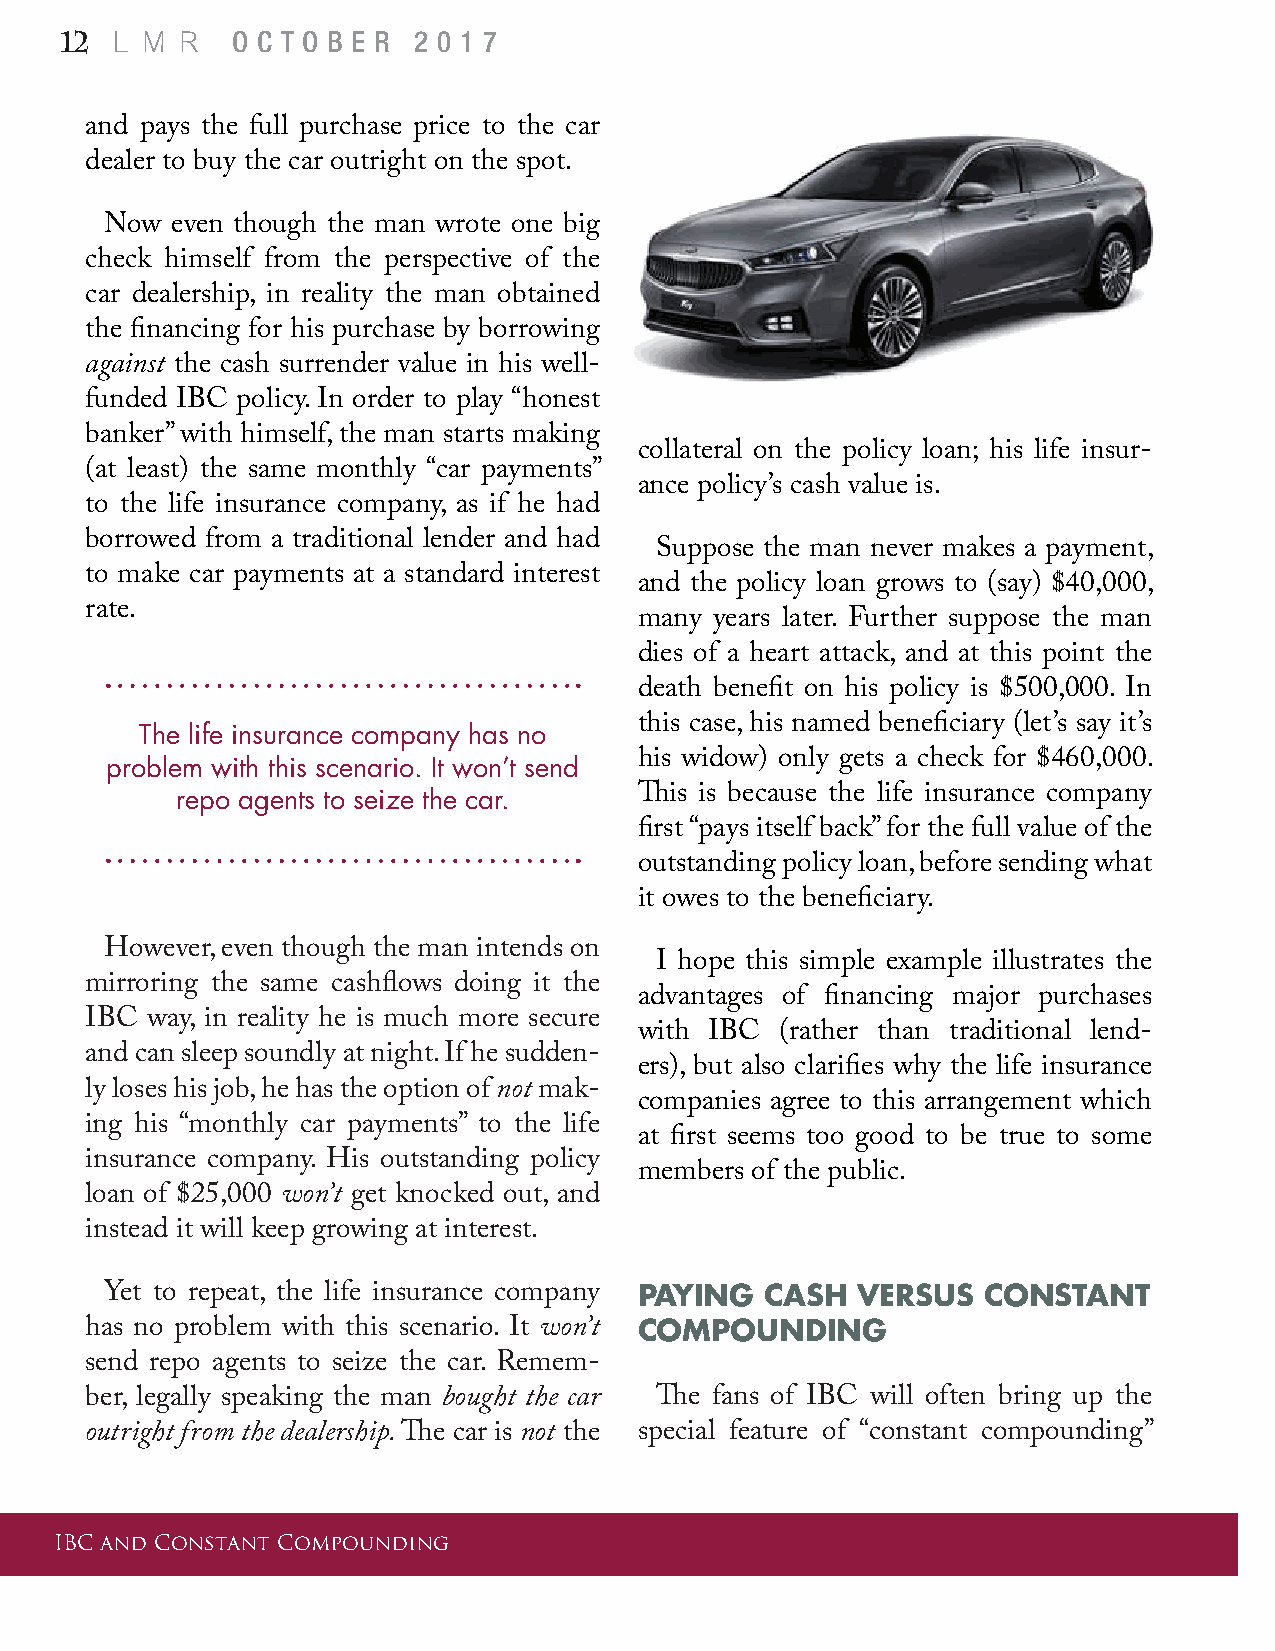
L M  R
 12         O C T O B E R 2 0 1 7
 and pays the full purchase price to the car
 dealer to buy the car outright on the spot.
 Now even though the man wrote one big
 check himself from the perspective of the
 car dealership, in reality the man obtained
 the financing for his purchase by borrowing
 against the cash surrender value in his well-
 funded IBC policy. In order to play “honest
 banker” with himself, the man starts making
 collateral on the policy loan; his life insur-
 (at least) the same monthly “car payments”
 ance policy’s cash value is.
 to the life insurance company, as if he had
 borrowed from a traditional lender and had
 Suppose the man never makes a payment,
 to make car payments at a standard interest
 and the policy loan grows to (say) $40,000,
 rate.
 many years later. Further suppose the man
 dies of a heart attack, and at this point the
 death benefit on his policy is $500,000. In
 this case, his named beneficiary (let’s say it’s
 The life insurance company has no
 his widow) only gets a check for $460,000.
 problem with this scenario. It won’t send
 This is because the life insurance company
 repo agents to seize the car.
 first “pays itself back” for the full value of the
 outstanding policy loan, before sending what
 it owes to the beneficiary.
 However, even though the man intends on
 I hope this simple example illustrates the
 mirroring the same cashflows doing it the
 advantages of financing major purchases
 IBC way, in reality he is much more secure
 with IBC  (rather than traditional lend-
 and can sleep soundly at night. If he sudden-
 ers), but also clarifies why the life insurance
 ly loses his job, he has the option of not mak-
 companies agree to this arrangement which
 ing his “monthly car payments” to the life
 at first seems too good to be true to some
 insurance company. His outstanding policy
 members of the public.
 loan of $25,000 won’t get knocked out, and
 instead it will keep growing at interest.
 Yet to repeat, the life insurance company PAYING CASH VERSUS CONSTANT
 has no problem with this scenario. It won’t COMPOUNDING
 send repo agents to seize the car. Remem-
 ber, legally speaking the man bought the car The fans of IBC will often bring up the
 outright from the dealership. The car is not the special feature of “constant compounding”
 IBC and Constant Compounding